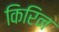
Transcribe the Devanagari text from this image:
किरिन